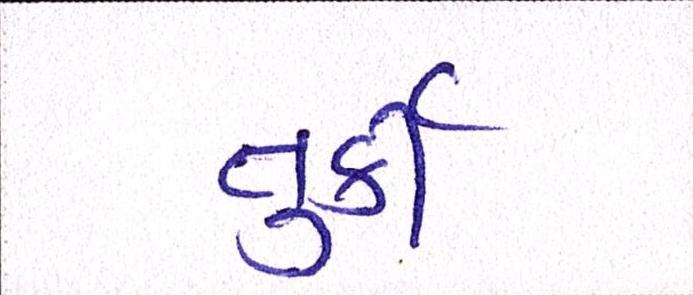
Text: તુર્કી